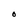
Character: O